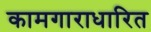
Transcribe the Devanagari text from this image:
कामगाराधारित